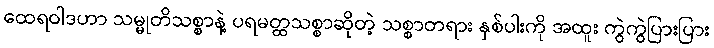
ထေရဝါဒဟာ သမ္မုတိသစ္စာနဲ့ ပရမတ္ထသစ္စာဆိုတဲ့ သစ္စာတရား နှစ်ပါးကို အထူး ကွဲကွဲပြားပြား